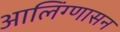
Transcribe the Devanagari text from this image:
आलिंग्णासन